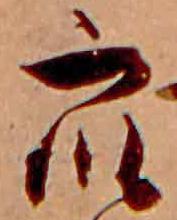
衆